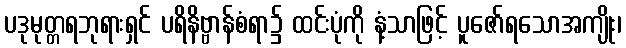
ပဒုမုတ္တရဘုရားရှင် ပရိနိဗ္ဗာန်စံရာ၌ ထင်းပုံကို နံ့သာဖြင့် ပူဇော်ရသောအကျိုး၊